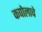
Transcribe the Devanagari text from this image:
कपोलाचे